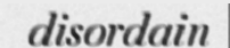
disordain